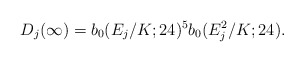
\begin{align*}D_j(\infty)=b_0(E_j/K;24)^5 b_0(E_j^2/K;24).\end{align*}